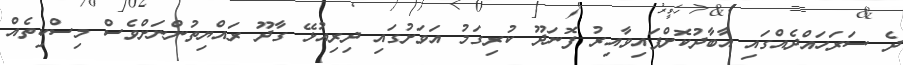
ދެ ސަރަހައްދެއްގައި އާބާދުކޮށްފައިވާއިރު ފޮނަދޫ ކުރިގަމު އަވަށުގައި ދިރިއުޅޭ ގާދޫ ރައްޔިތުންނަށްވެސް މިސްކިތެއް